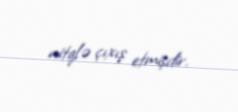
nitqlə çıxış etmişdir.